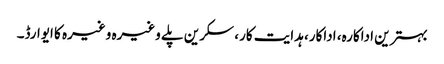
بہترین اداکارہ، اداکار، ہدایت کار، سکرین پلے وغیرہ وغیرہ کا ایوارڈ۔